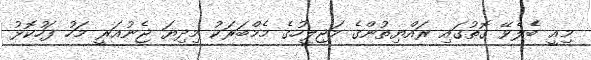
މިއީ ބެެލެވޭ ގޮތުގައި ރައްޔިތުންގެ މަޖިލީހުގެ މެމްބަރަކު މިދިޔަ ޖެނުއަރީ މަހު ފަހުކޮޅު